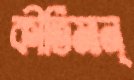
কীর্তিমান্‌